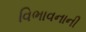
વિભાવનાની